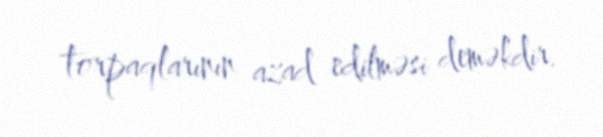
torpaqlarının azad edilməsi deməkdir.